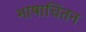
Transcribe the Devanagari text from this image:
भाषाचिंतन